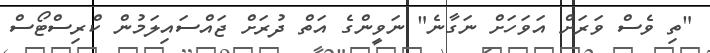
"ތި ވެސް ވަރަށް އަވަހަށް ނަގާނެ" ނަވީންގެ އަތް ދުރަށް ޖައްސައިލަމުން ކްރިސްޓޯސް